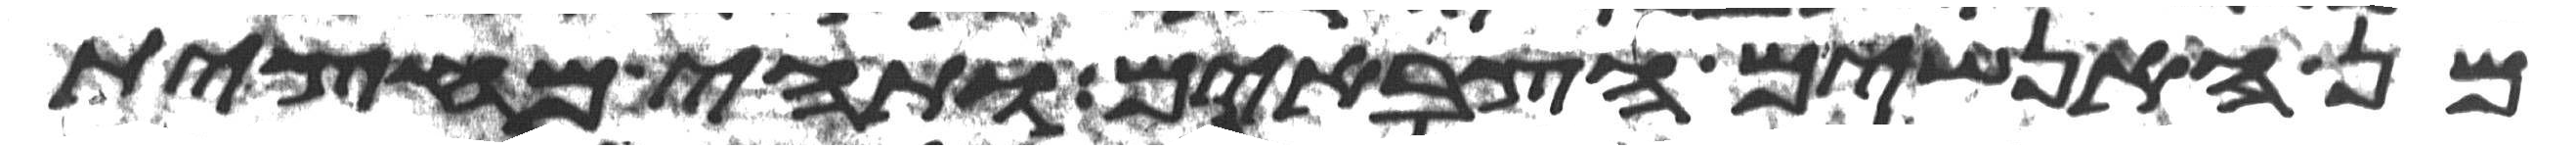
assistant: מן האנשים הצבאים ותהי מחצית